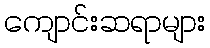
ကျောင်းဆရာများ